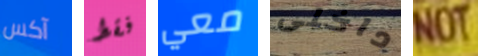
آكس فقط معي داخلى NOT